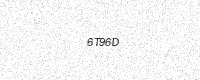
Text: 6T96D